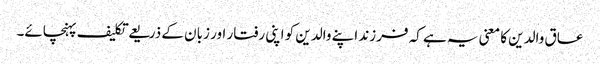
عاق والدین کا معنی یہ ہے کہ فرزند اپنے والدین کو اپنی رفتار اور زبان کے ذریعے تکلیف پہنچائے۔